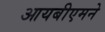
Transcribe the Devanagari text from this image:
आयबीएमने